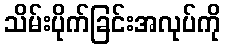
သိမ်းပိုက်ခြင်းအလုပ်ကို